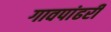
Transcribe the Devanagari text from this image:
गावपांढरी